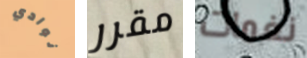
نوادي مقرر نغمات